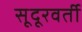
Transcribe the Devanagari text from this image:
सूदूरवर्ती